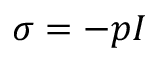
\sigma = - p I